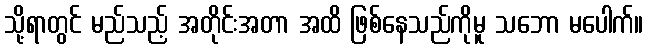
သို့ရာတွင် မည်သည့် အတိုင်းအတာ အထိ ဖြစ်နေသည်ကိုမူ သဘော မပေါက်။